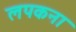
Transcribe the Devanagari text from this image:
लपकना